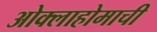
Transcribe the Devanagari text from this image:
ओक्लाहोमाची